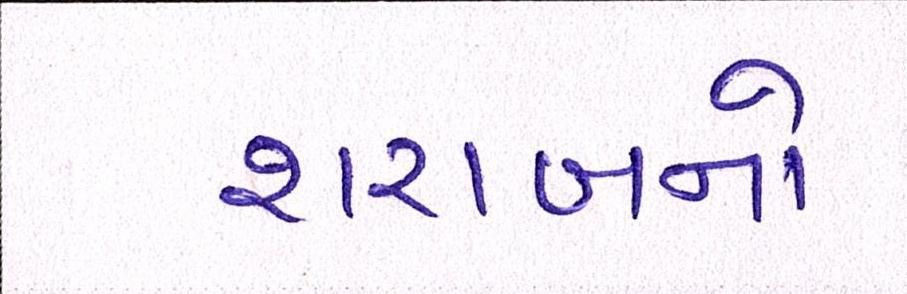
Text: શરાબનો